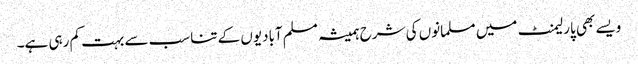
ویسے بھی پارلیمنٹ میں مسلمانوں کی شرح ہمیشہ مسلم آبادیوں کے تناسب سے بہت کم رہی ہے۔